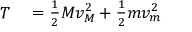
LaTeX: \begin{array} { r l } { T } & { { } = { \frac { 1 } { 2 } } M v _ { M } ^ { 2 } + { \frac { 1 } { 2 } } m v _ { m } ^ { 2 } } \end{array}